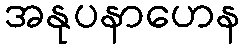
အနုပနာဟေန